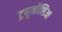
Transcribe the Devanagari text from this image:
ट्रयूनीशिआ